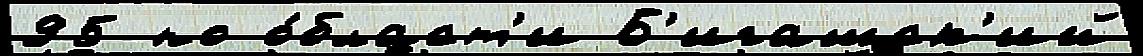
95 по о́бласт'и Б'игашск'ий